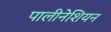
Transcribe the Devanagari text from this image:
पालीनेशियन